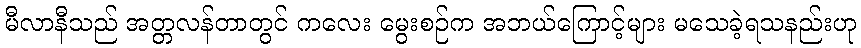
မီလာနီသည် အတ္တလန်တာတွင် ကလေး မွေးစဉ်က အဘယ်ကြောင့်များ မသေခဲ့ရသနည်းဟု